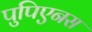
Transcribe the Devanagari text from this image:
पुपिएनस